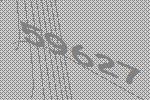
59627